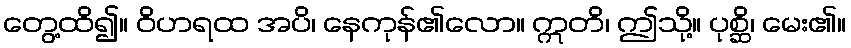
တွေ့ထိ၍။ ဝိဟရထ အပိ၊ နေကုန်၏လော။ ဣတိ၊ ဤသို့။ ပုစ္ဆိ၊ မေး၏။